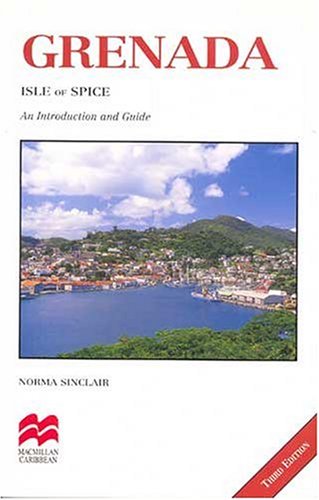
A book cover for Grenada Isle of Spice: An Introduction and Guide (Macmillan Caribbean Guides); Norma Sinclair; Travel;